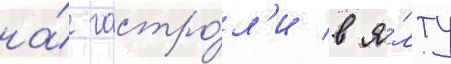
на́ гастро́л'и в я́лту